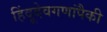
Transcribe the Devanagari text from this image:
हिंदूदेवगणांपैकी